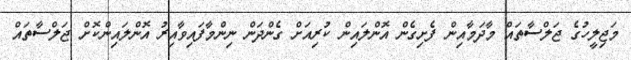
މަޖިލީހުގެ ޖަލްސާތައް މާދަމާއިން ފެށިގެން އޮންލައިން ކުރިއަށް ގެންދަން ނިންމާފައިވާއިރު އޮންލައިންކޮށް ޖަލްސާތައް